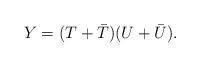
LaTeX: \begin{align*}Y = (T +{\bar T})(U+{\bar U}).\end{align*}